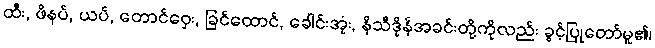
ထီး, ဖိနပ်, ယပ်, တောင်ဝှေး, ခြင်ထောင်, ခေါင်းအုံး, နိသီဒိုန်အခင်းတို့ကိုလည်း ခွင့်ပြုတော်မူ၏၊